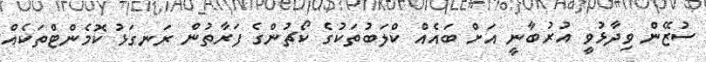
ސުޒޭން ވިދާޅުވީ އުރުބާނީ އަށް ބައެއް ކްލަބުތަކުގެ ކޯޗުންގެ ފަރާތުން ރަނގަޅު ކޮމެންޓްތަކެއް